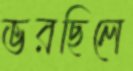
ভরছিলে